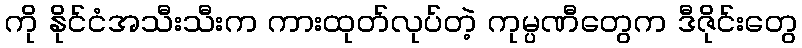
ကို နိုင်ငံအသီးသီးက ကားထုတ်လုပ်တဲ့ ကုမ္ပဏီတွေက ဒီဇိုင်းတွေ